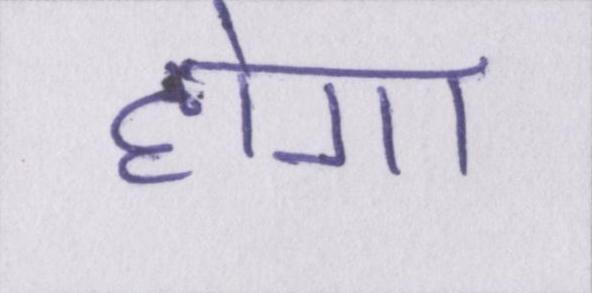
होगा